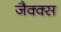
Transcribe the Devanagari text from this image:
जैक्क्स